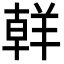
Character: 𮊪